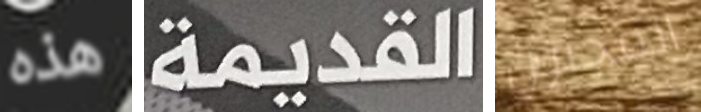
هذه القديمة المجنون